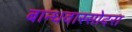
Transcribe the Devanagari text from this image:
बान्धवास्सोदरा